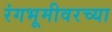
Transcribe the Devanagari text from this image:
रंगभूमीवरच्या